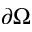
\partial \Omega